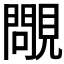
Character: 𧢈